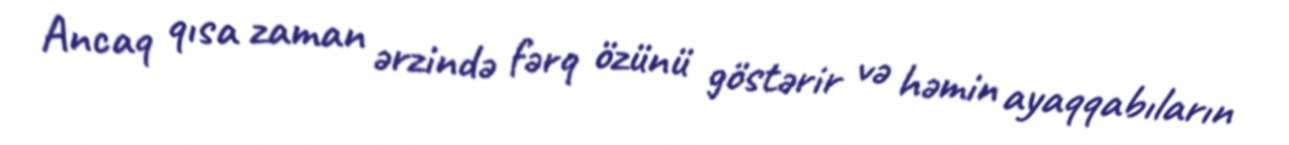
Ancaq qısa zaman ərzində fərq özünü göstərir və həmin ayaqqabıların